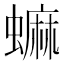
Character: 䗫